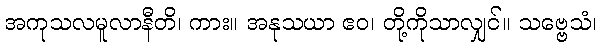
အကုသလမူလာနီတိ၊ ကား။ အနုသယာ ဧဝ၊ တို့ကိုသာလျှင်။ သဗ္ဗေသံ၊